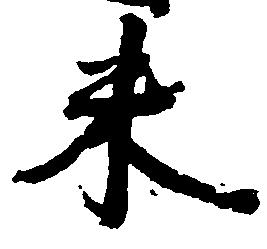
米